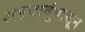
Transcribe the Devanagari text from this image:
अष्टधातूंपासून